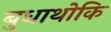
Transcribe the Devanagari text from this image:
बुधाथोकि